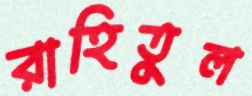
রাহিতুল